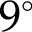
9 ^ { \circ }